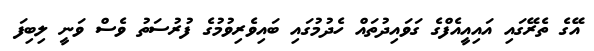
އޭގެ ތެރޭގައި އައިއީއެފްގެ ގަވައިދުތައް ހެދުމުގައި ބައިވެރިވުމުގެ ފުރުސަތު ވެސް ވަނީ ލިބިފަ